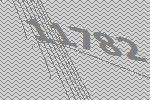
11782